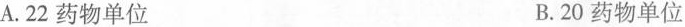
A.22药物单位B.20药物单位